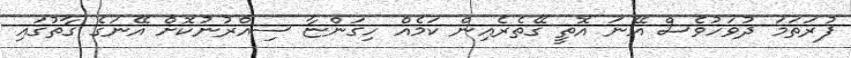
ފުރަތަމަ ދުވަހުވެސް އޭނަ އޮތީ ގޭތެރެއިން ކަމެއް ހިގަންޏާ ސިއްރުނުކޮށް އޭނަގެ ގާތުގައި